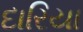
દારિયા